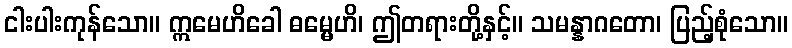
ငါးပါးကုန်သော။ ဣမေဟိခေါ ဓမ္မေဟိ၊ ဤတရားတို့နှင့်။ သမန္နာဂတော၊ ပြည့်စုံသော။